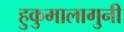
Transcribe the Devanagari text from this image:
हुकुमालागुनी